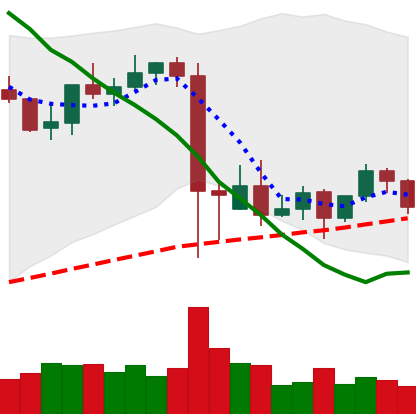
Ticker: BNB-USD
Chart end date: 2021-09-17
Forward return: -6.687%
Label: down_5_7